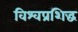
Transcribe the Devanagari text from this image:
विश्वप्रशिद्ध